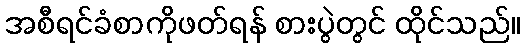
အစီရင်ခံစာကိုဖတ်ရန် စားပွဲတွင် ထိုင်သည်။